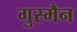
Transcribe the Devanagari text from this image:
गुस्मैन